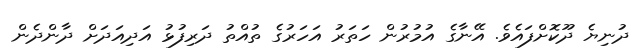
ދުނިޔެ ދޫކޮށްފައެވެ. އޭނާގެ އުމުރުން ހަތަރު އަހަރުގެ ތުއްތު ދަރިފުޅު އަދިއަދަށް ދާންދެން